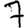
Digit: 7